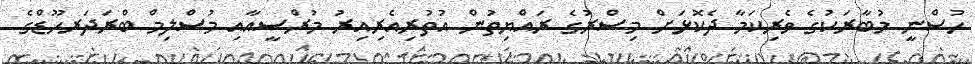
ހުސްނީ މުބާރަކުގެ ވެރިކަމާ ދެކޮޅަށް މިސްރުގެ ރައްޔިތުން އުތުރިއެރިއިރު މުރްސީއާއި މުސްލިމް ބްރަދަރހޫޑްގެ